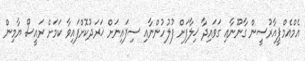
އެމްއެމްޕީއާރުސީން ގާނޫނާއި ގަވައިދާ ޚިލާފަށް ފުލުހުންނާއި ސިފައިނަށް ޚަރަދުކޮށްފައިވާ ކަމަށް ރައީސް ޔާމިން